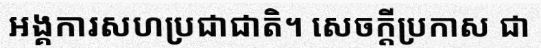
អង្គការសហប្រជាជាតិ។ សេចក្តីប្រកាស ជា